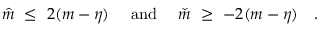
\hat { m } \ \leq \ 2 ( m - \eta ) \quad \mathrm { ~ a n d ~ } \quad \check { m } \ \geq \ - 2 ( m - \eta ) \quad .